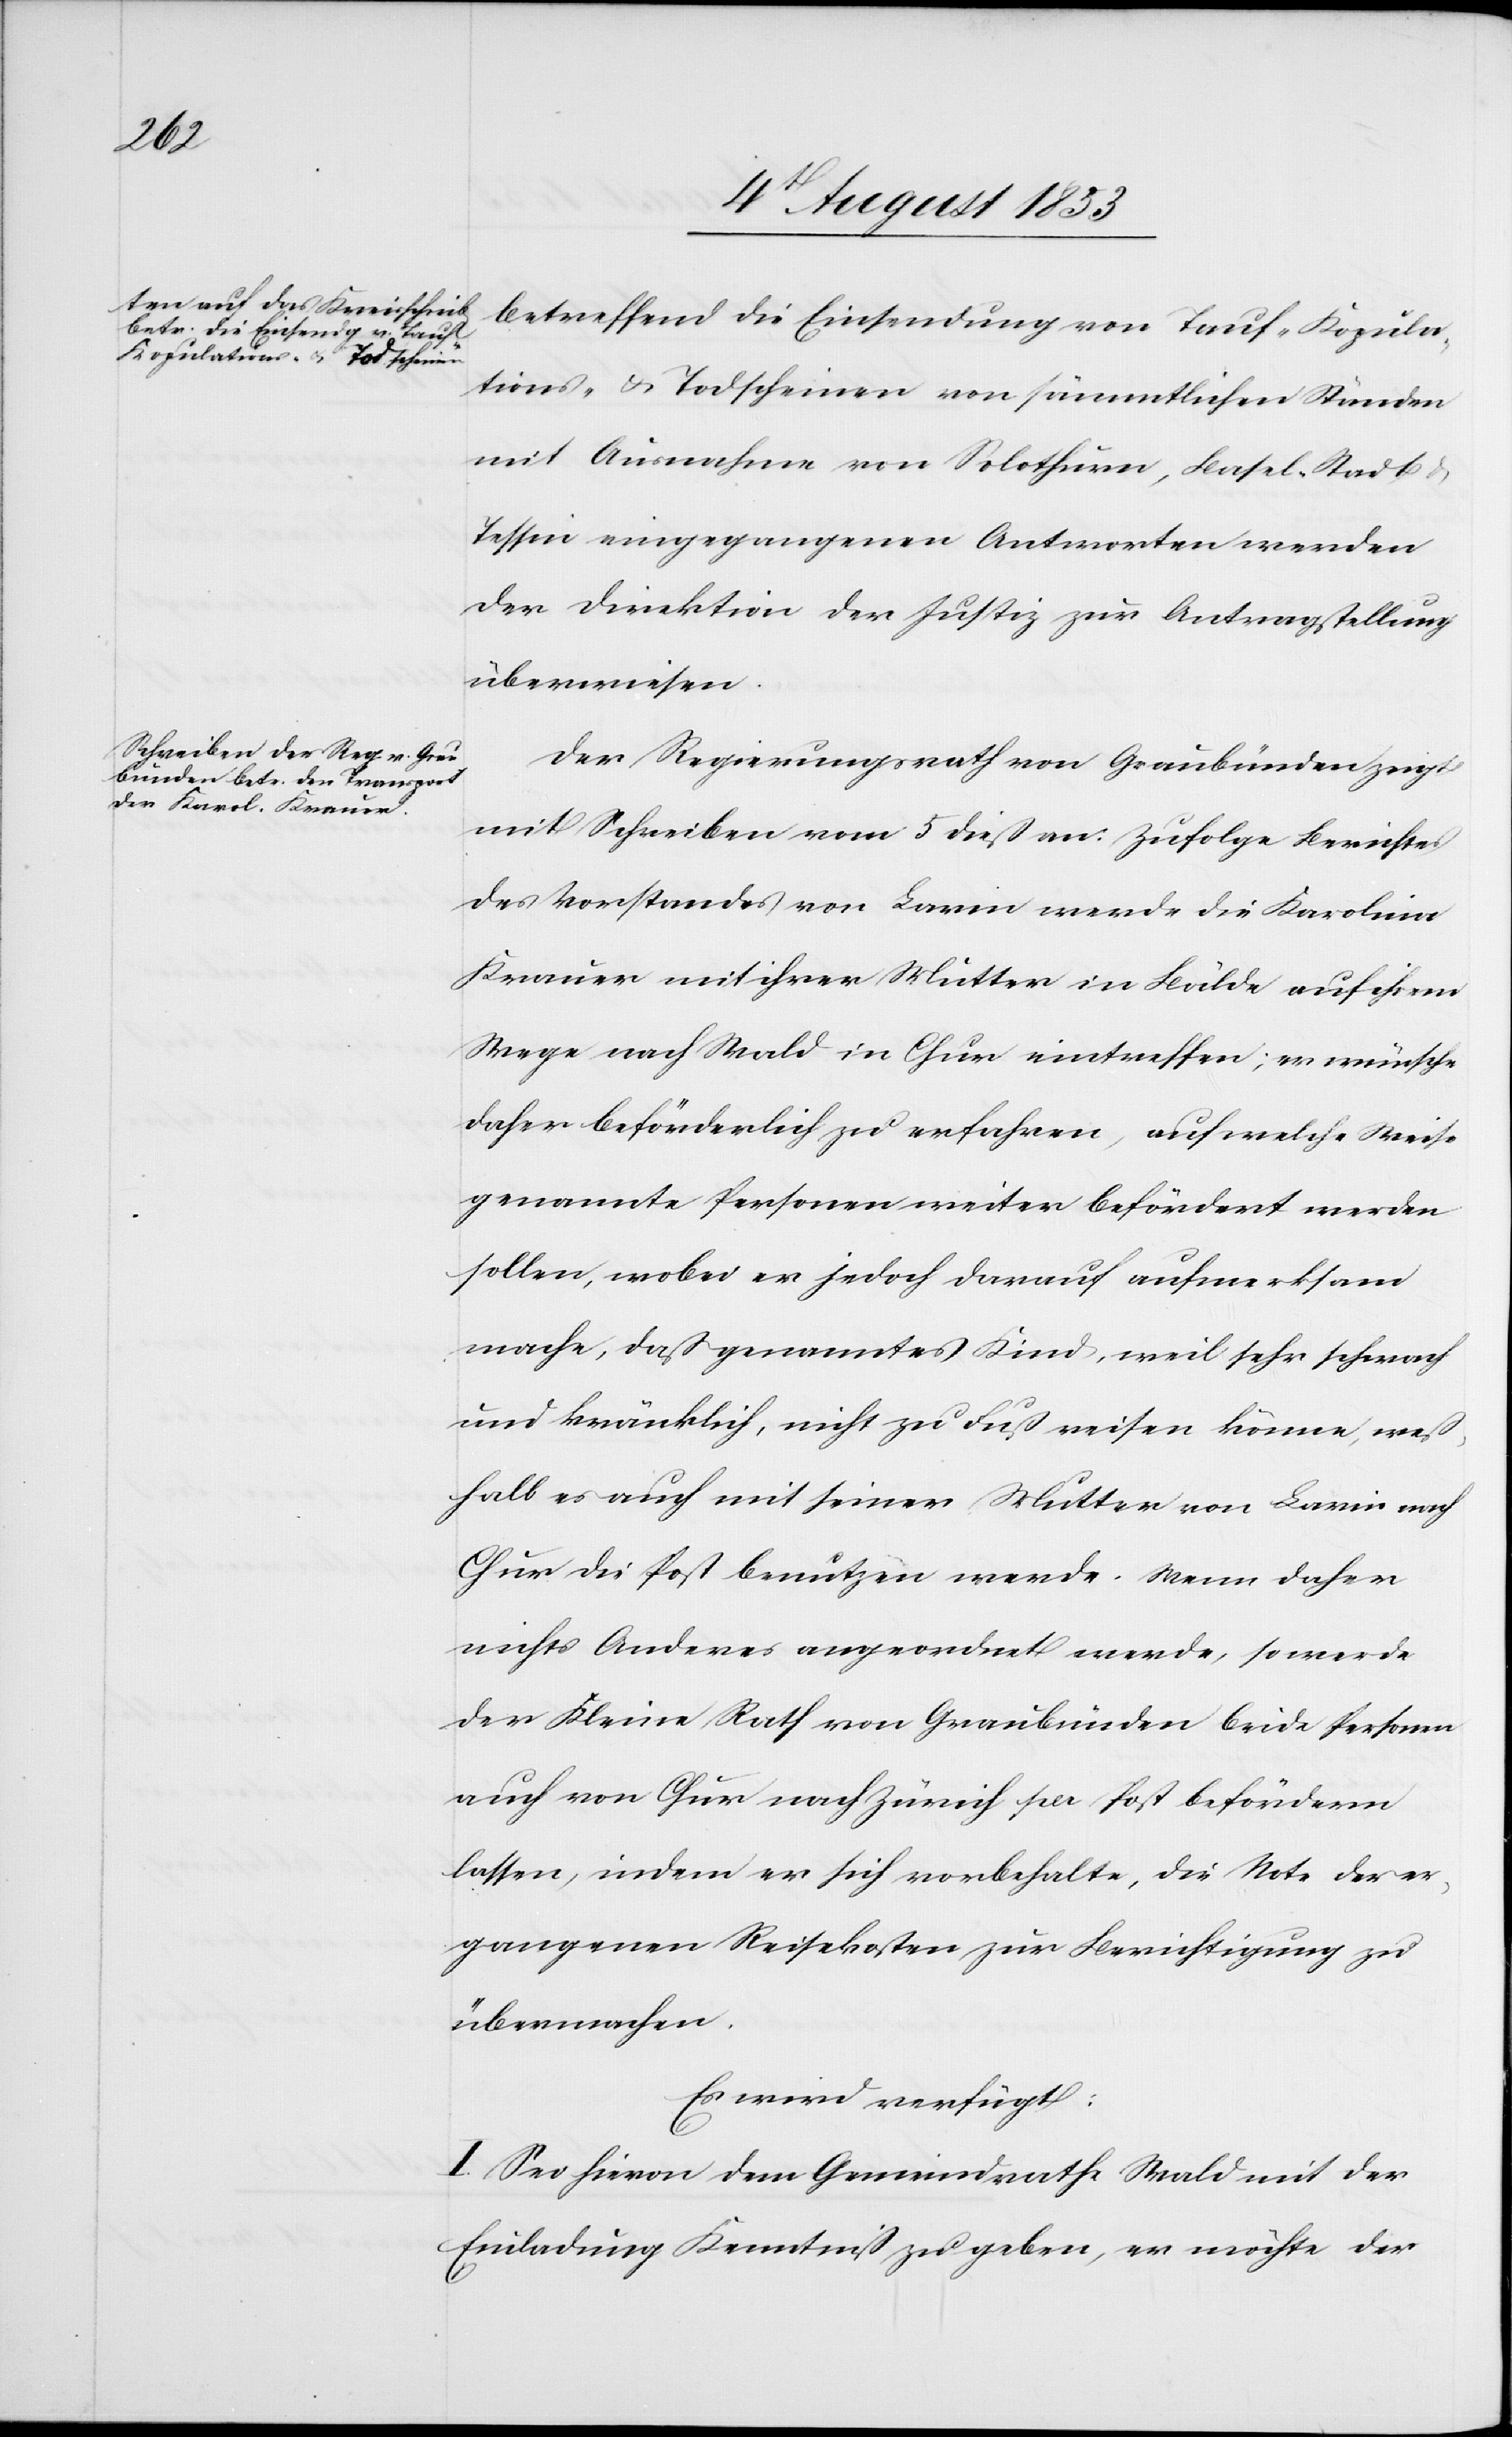
betreffend die Einsendung von Tauf- Kopula¬
tions- u. Todscheinen von sämmtlichen Ständen
mit Ausnahme von Solothurn, Basel-Stadt u.
Tessin eingegangenen Antworten werden
der Direktion der Justiz zur Antragstellung
überwiesen.
Der Regierungsrath von Graubünden zeigt
mit Schreiben vom 5 dieß an: Zufolge Berichtes
des Vorstandes von Lavin werde die Karolina
Krauer mit ihrer Mutter in Bälde auf ihrem
Wege nach Wald in Chur eintreffen; er wünsche
daher beförderlich zu erfahren, auf welche Weise
genannte Personen weiter befördert werden
sollen, wobei er jedoch darauf aufmerksam
mache, daß genanntes Kind, weil sehr schwach
und kränklich, nicht zu Fuß reisen könne, weß¬
halb es auch mit seiner Mutter von Lavin nach
Chur die Post benutzen werde. Wenn daher
nichts Anderes angeordnet werde, so werde
der Kleine Rath von Graubünden beide Personen
auch von Chur nach Zürich per Post befördern
lassen, indem er sich vorbehalte, die Note der er¬
gangenen Reisekosten zur Berichtigung zu
übermachen.
Es wird verfügt:
I. Sei hievon dem Gemeindrathe Wald mit der
Einladung Kenntniß zu geben, er möchte der